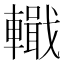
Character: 𨎵